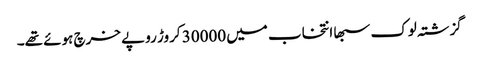
گزشتہ لوک سبھا انتخاب میں 30000 کروڑ روپے خرچ ہوئے تھے۔